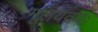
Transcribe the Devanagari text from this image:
मूलयतयः